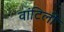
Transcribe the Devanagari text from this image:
वांटिलीं